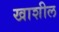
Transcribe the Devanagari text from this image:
खाशील